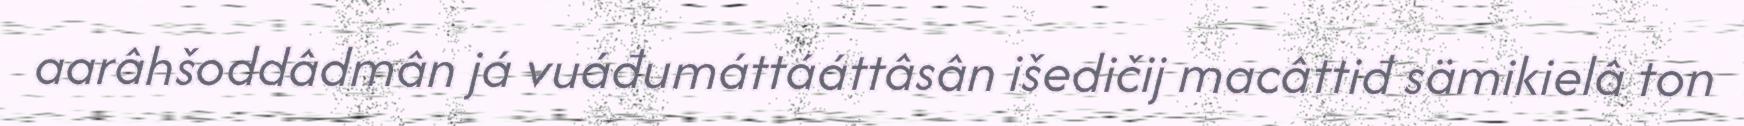
aarâhšoddâdmân já vuáđumáttááttâsân išedičij macâttiđ sämikielâ ton